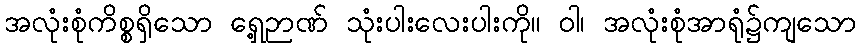
အလုံးစုံကိစ္စရှိသော ရှေ့ဉာဏ် သုံးပါးလေးပါးကို။ ဝါ၊ အလုံးစုံအာရုံ၌ကျသော